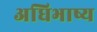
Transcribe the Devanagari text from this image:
अधिभाष्य